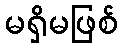
မရှိမဖြစ်